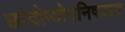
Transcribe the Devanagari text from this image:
छांदोग्योपनिषदात